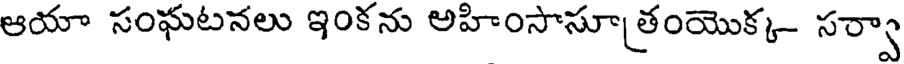
ఆయా సంఘటనలు ఇంకను అహింసాసూ తంయొక్క- సర్వా